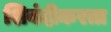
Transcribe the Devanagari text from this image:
शिबंदीकरता